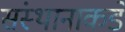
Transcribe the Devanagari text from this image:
संस्थानाकडे